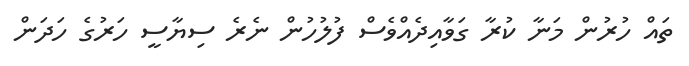
ތައް ހުރުން މަނާ ކުރާ ގަވާއިދެއްވެސް ފުލުހުން ނެރެ ސިޔާސީ ހަރުގެ ހަދަން